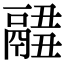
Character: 𩱂